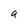
Character: a